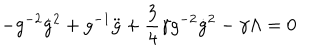
- g ^ { - 2 } \dot { g } ^ { 2 } + g ^ { - 1 } \ddot { g } + \frac { 3 } { 4 } \gamma g ^ { - 2 } \dot { g } ^ { 2 } - \gamma \Lambda = 0